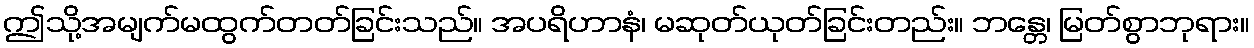
ဤသို့အမျက်မထွက်တတ်ခြင်းသည်။ အပရိဟာနံ၊ မဆုတ်ယုတ်ခြင်းတည်း။ ဘန္တေ၊ မြတ်စွာဘုရား။